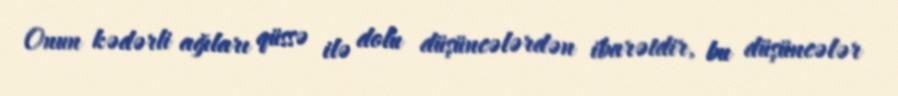
Onun kədərli ağıları qüssə ilə dolu düşüncələrdən ibarətdir, bu düşüncələr